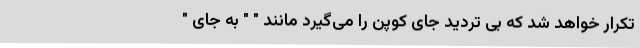
تکرار خواهد شد که بی تردید جای کوپن را می‌گیرد مانند " " به جای "